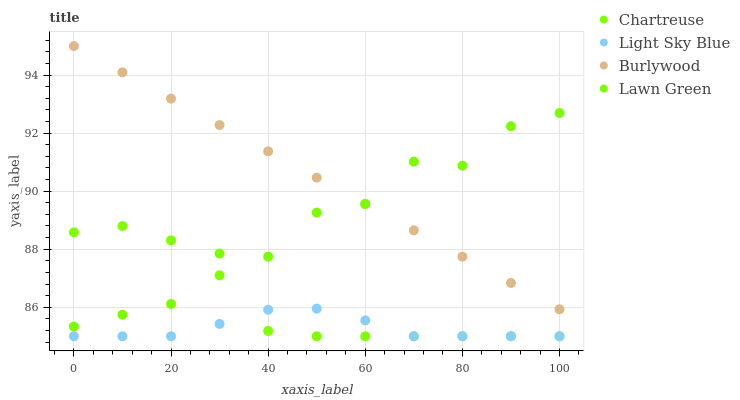
| xaxis_label | Chartreuse | Light Sky Blue | Burlywood | Lawn Green |
 | --- | --- | --- | --- | --- |
 | 0 | 88.6 | 85 | 95 | 85.3 |
 | 10 | 88.8 | 85 | 94.1 | 85.7 |
 | 20 | 88.3 | 85 | 93.2 | 86.1 |
 | 30 | 87.1 | 85.4 | 92.3 | 87.9 |
 | 40 | 85.2 | 85.9 | 91.4 | 87.7 |
 | 50 | 85 | 86 | 90.5 | 89.3 |
 | 60 | 85 | 85.5 | 89.6 | 89.6 |
 | 70 | 85 | 85 | 88.7 | 91 |
 | 80 | 85 | 85 | 87.7 | 90.9 |
 | 90 | 85 | 85 | 86.8 | 92.2 |
 | 100 | 85 | 85 | 85.9 | 92.7 |